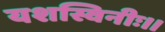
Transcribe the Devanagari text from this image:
यशस्विनीः।।